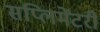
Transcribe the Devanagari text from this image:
सप्लिमेंटरी